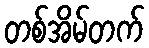
တစ်အိမ်တက်